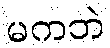
မကဘဲ